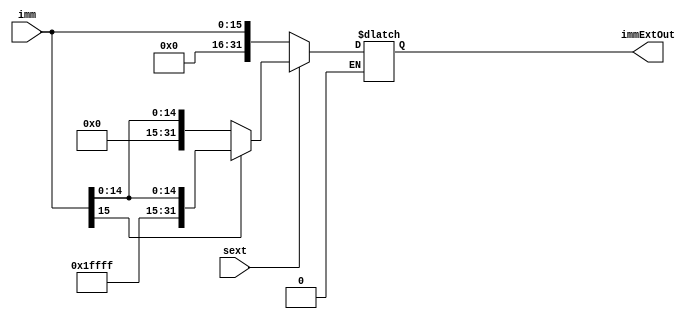
`timescale 1ns / 1ps

module immExt(
    input [15:0] imm,
    input sext,
    
    output reg [31:0] immExtOut
    );
    
    always @(*) begin
        if (sext == 1) begin    //sign extend
            if (imm[15] ==1) begin  // first bit is 1
                immExtOut = {16'hffff, imm};
                end
            else if (imm[15] == 0) begin
                immExtOut = {16'h0000, imm};
                end
                end
        else if (sext == 0) begin   //zero extend
            //immExtOut = imm | 32'b0;
            immExtOut = {16'h0000, imm};
            end
    end
endmodule